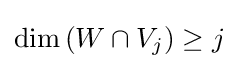
{\textstyle \operatorname {dim} \left(W\cap V_{j}\right)\geq j}